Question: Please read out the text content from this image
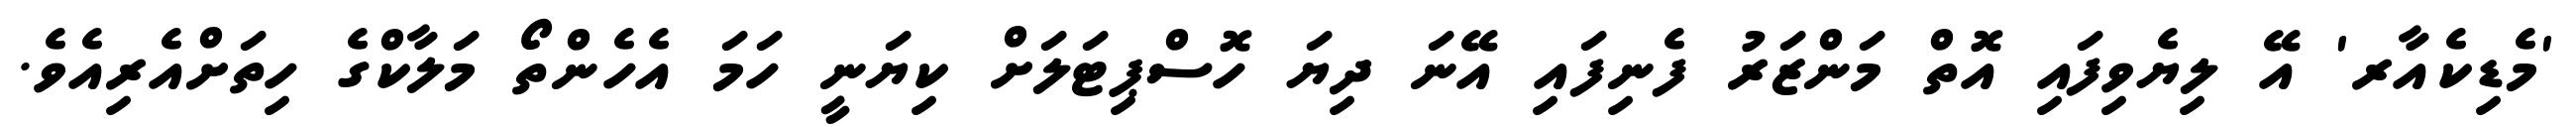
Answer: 'މެޑިކެއާރ' އޭ ލިޔެވިފައި އޮތް މަންޒަރު ފެނިފައި އޭނަ ދިޔަ ހޮސްޕިޓަލަށް ކިޔަނީ ހަމަ އެހެންތޯ މަލާކްގެ ހިތަށްއެރިއެވެ.